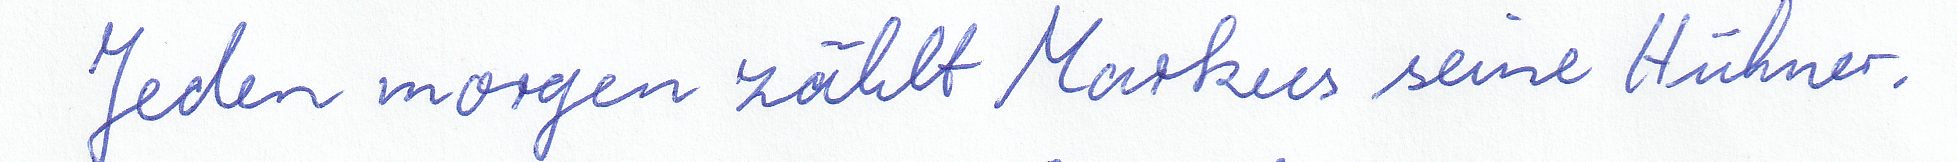
Jeden morgen zählt Markus seine Hühner.